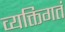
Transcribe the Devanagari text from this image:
व्यक्तिगतं